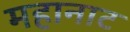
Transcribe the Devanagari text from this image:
महानाट